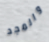
والمجد